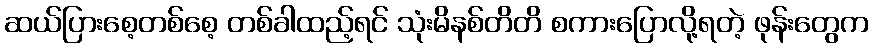
ဆယ်ပြားစေ့တစ်စေ့ တစ်ခါထည့်ရင် သုံးမိနစ်တိတိ စကားပြောလို့ရတဲ့ ဖုန်းတွေက